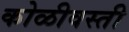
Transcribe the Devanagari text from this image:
कोळीवस्ती